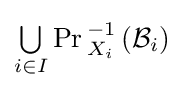
{\textstyle \bigcup \limits _{i\in I}}\Pr {}_{X_{i}}^{-1}\left({\mathcal {B}}_{i}\right)